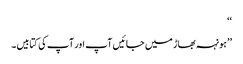
‘‘
’’ہونہہ بھاڑ میں جائیں آپ اور آپ کی کتابیں۔